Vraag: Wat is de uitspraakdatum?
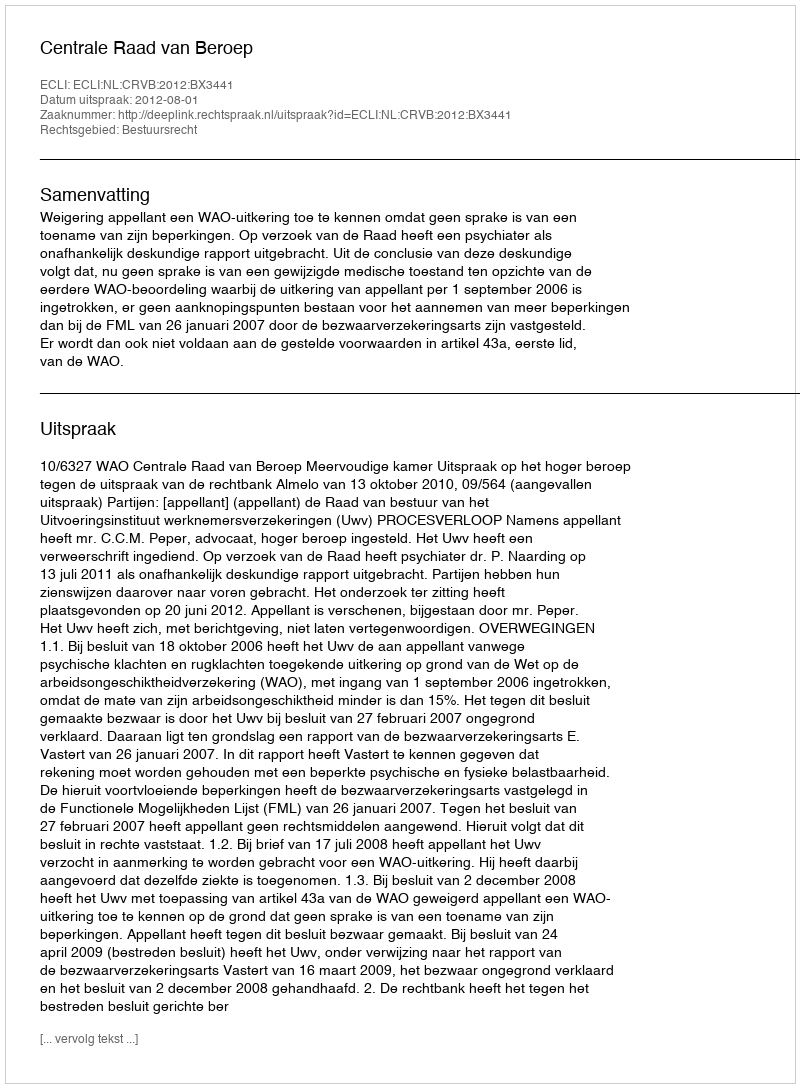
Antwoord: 2012-08-01